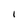
Character: I